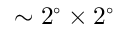
\sim 2 ^ { \circ } \times 2 ^ { \circ }